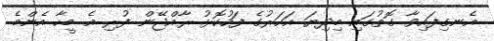
އެނގިފައިވާ ގޮތުގައި މިދިޔަ އަހަރުގެ ފަހުކޮޅު ރާއްޖޭން ފުރި އެ މީހާ އެންމެ